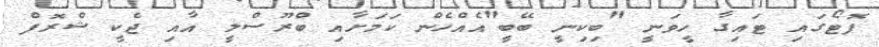
ފޮޓޯގައި ޓައިގާ ހީވަނީ "ބިކިނީ ބޭބީ"އެއްހެން ކަމަށާއި ބްރޫސްލީ އާއި ޖެކީ ޝްރޮފް